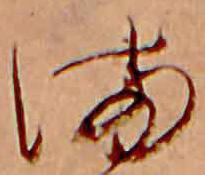
ま